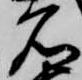
名